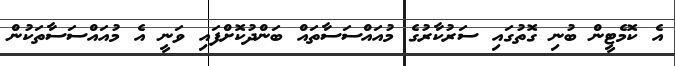
އެ ކޮމެޓީން ބުނި ގޮތުގައި ސަރުކާރުގެ މުއައްސަސާތައް ބަންދުކޮށްފައި ވަނީ އެ މުއައްސަސާތަކުން